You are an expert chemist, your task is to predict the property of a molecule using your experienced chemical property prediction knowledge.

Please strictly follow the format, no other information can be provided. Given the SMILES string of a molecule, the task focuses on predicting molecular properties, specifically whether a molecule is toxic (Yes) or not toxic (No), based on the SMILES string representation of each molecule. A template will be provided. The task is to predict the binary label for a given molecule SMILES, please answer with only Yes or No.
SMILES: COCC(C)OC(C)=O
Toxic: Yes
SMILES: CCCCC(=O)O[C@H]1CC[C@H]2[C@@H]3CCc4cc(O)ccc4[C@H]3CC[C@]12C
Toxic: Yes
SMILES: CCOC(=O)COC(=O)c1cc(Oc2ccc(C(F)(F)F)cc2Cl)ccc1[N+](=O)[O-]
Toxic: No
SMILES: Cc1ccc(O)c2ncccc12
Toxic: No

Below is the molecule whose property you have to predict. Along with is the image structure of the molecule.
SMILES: CC(C)=CCC/C(C)=C/CC/C(C)=C/CO
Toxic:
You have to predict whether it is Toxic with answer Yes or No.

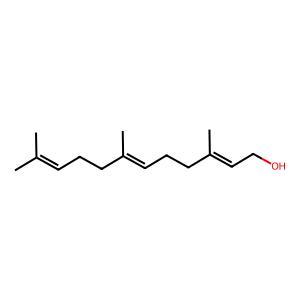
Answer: No